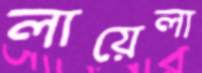
লায়েলা